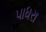
પાધરા